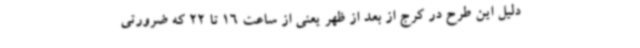
دلیل این طرح در کرج از بعد از ظهر یعنی از ساعت 16 تا 22 که ضرورتی